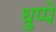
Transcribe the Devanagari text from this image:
धुप्पे